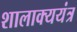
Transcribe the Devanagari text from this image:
शालाक्ययंत्र